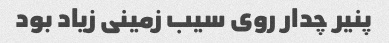
پنیر چدار روی سیب زمینی زیاد بود